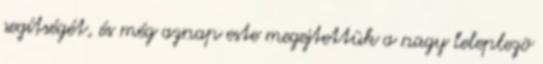
segítségét, és még aznap este megejtettük a nagy leleplezõ